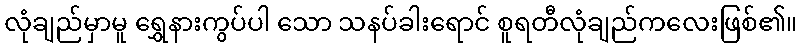
လုံချည်မှာမူ ရွှေနားကွပ်ပါ သော သနပ်ခါးရောင် စူရတီလုံချည်ကလေးဖြစ်၏။